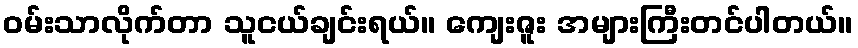
ဝမ်းသာလိုက်တာ သူငယ်ချင်းရယ်။ ကျေးဇူး အများကြီးတင်ပါတယ်။